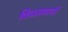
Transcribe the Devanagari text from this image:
किळसवाणी